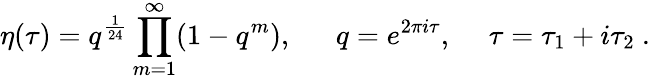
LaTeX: \eta(\tau)=q^{\frac{1}{24}}\prod_{m=1}^{\infty}(1-q^{m}),~~~~~~q=e^{2\pi i\tau},~~~~~\tau=\tau_{1}+i\tau_{2}\ .